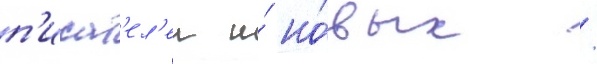
п'исат'ел'еи и́ но́вых /